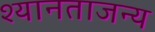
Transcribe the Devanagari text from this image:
श्यानताजन्य